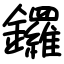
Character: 鑼